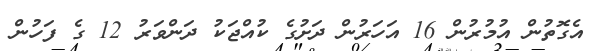
އެގޮތުން އުމުރުން 16 އަހަރުން ދަށުގެ ކުއްޖަކު ދަންވަރު 12 ގެ ފަހުން